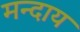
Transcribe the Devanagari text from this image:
मन्दाय